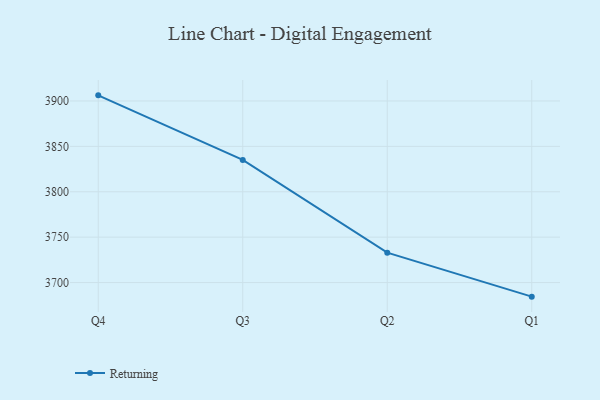
{"axis": {"x": "Quarter", "y": "Latency (ms)"}, "legend": ["Returning"], "data": [{"x": "Q4", "y": 3906.2, "type": "Returning"}, {"x": "Q3", "y": 3835.1, "type": "Returning"}, {"x": "Q2", "y": 3732.9, "type": "Returning"}, {"x": "Q1", "y": 3684.5, "type": "Returning"}]}